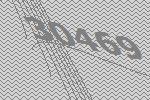
30469